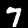
Digit: 7